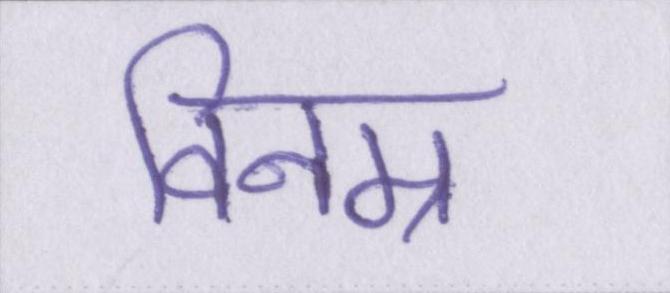
विनम्र